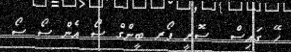
ހޭ ގައިސް  ސޮރީ ފޯރ ބީންގް ސޯ އެން ސޯ ސޯ